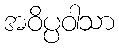
အဝိပ္ပဝါသာ